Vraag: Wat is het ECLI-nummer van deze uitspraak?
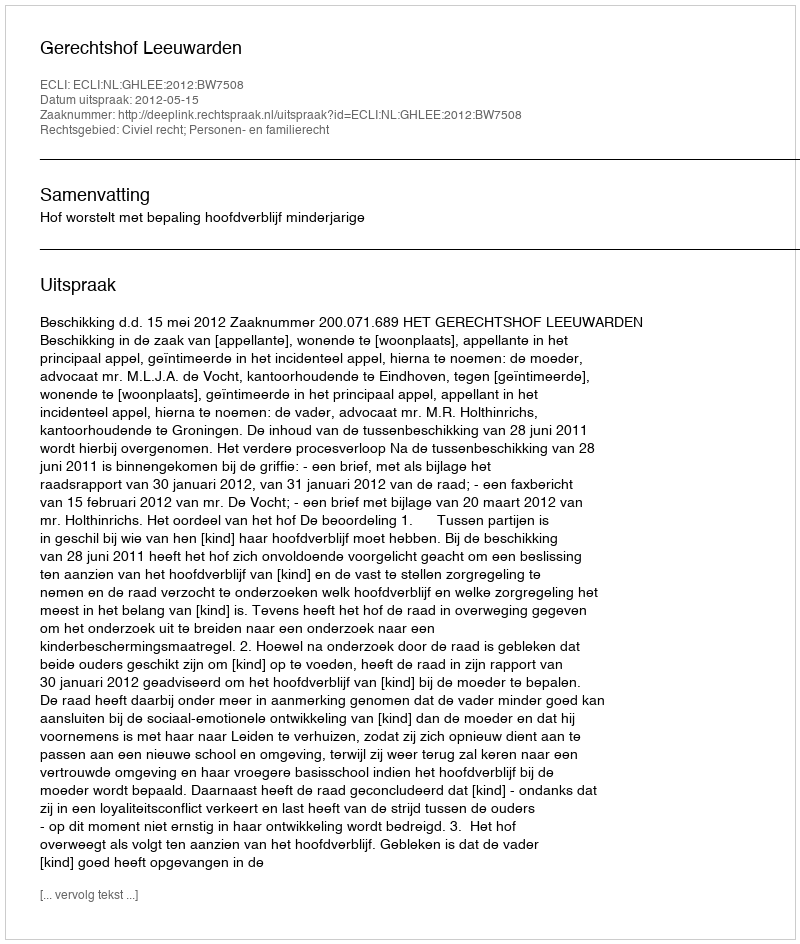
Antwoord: ECLI:NL:GHLEE:2012:BW7508